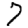
Digit: 7